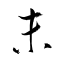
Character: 未